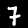
Label: 7